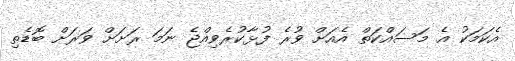
އެކަމަކު އެ މަސައްކަތް އެއަށް ވުރެ ފުޅާކުރެވިއްޖެ ނަމަ ރަށަށް ވަރަށް ބޮޑެތި